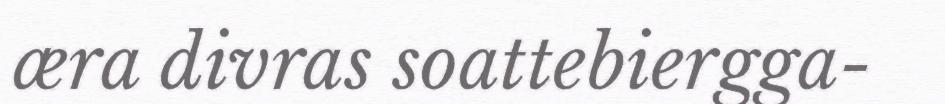
æra divras soattebiergga-